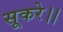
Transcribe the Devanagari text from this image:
सूकरे।।